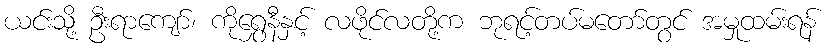
ယင်းသို့ ဦးရာကျော်၊ ကိုရွှေနီနှင့် လဖိုင်လတို့က ဘုရင့်တပ်မတော်တွင် အမှုထမ်းရန်